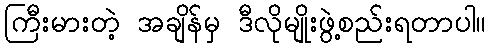
ကြီးမားတဲ့ အချိန်မှ ဒီလိုမျိုးဖွဲ့စည်းရတာပါ။